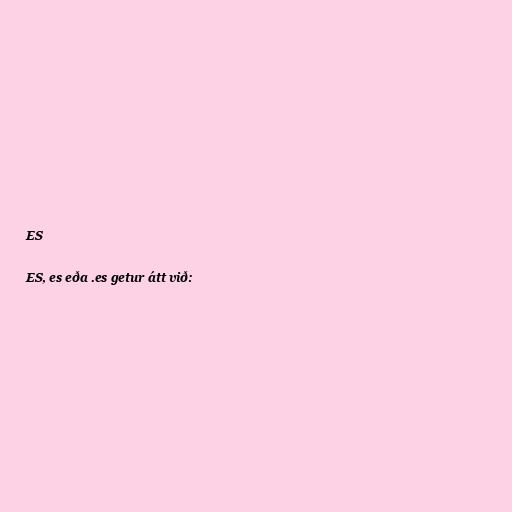
ES

ES, es eða .es getur átt við: